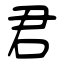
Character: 君